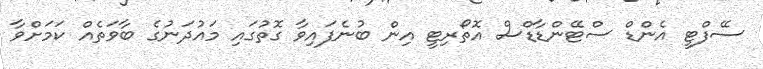
ސޭފްޓީ އެންޑް ސްޓޭންޑާޑްސް އޮތޯރިޓީ އިން ބުނެފައިވާ ގޮތުގައި މައުދަނުގެ ބާވަތެއް ކަމަށްވާ